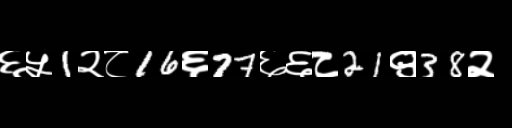
Text: ६५1२८16६77६६८21९38२